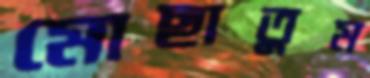
মোছাতুম